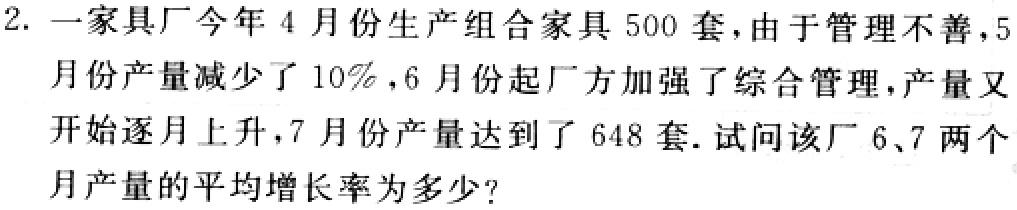
2. 一家具厂今年4月份生产组合家具500套，由于管理不善，5月份产量减少了10%，6月份起厂方加强了综合管理，产量又开始逐月上升，7月份产量达到了648套. 试问该厂6、7两个月产量的平均增长率为多少?